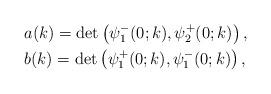
LaTeX: \begin{align*}&a(k) =\det \left(\psi^-_1(0;k), \psi^+_2(0;k)\right), \\&b(k) =\det\left(\psi_1^+(0;k), \psi_1^-(0; k)\right),\end{align*}